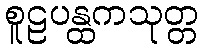
စူဠပန္ထကသုတ္တ